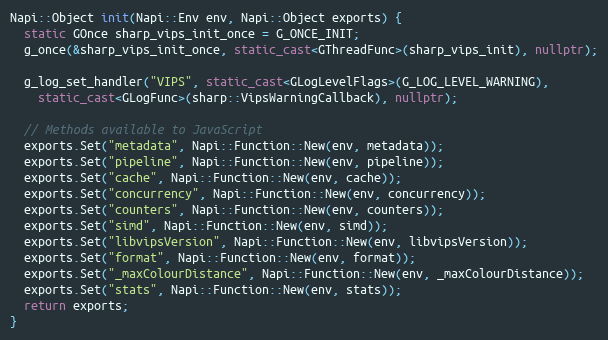
Language: C++
Napi::Object init(Napi::Env env, Napi::Object exports) {
  static GOnce sharp_vips_init_once = G_ONCE_INIT;
  g_once(&sharp_vips_init_once, static_cast<GThreadFunc>(sharp_vips_init), nullptr);

  g_log_set_handler("VIPS", static_cast<GLogLevelFlags>(G_LOG_LEVEL_WARNING),
    static_cast<GLogFunc>(sharp::VipsWarningCallback), nullptr);

  // Methods available to JavaScript
  exports.Set("metadata", Napi::Function::New(env, metadata));
  exports.Set("pipeline", Napi::Function::New(env, pipeline));
  exports.Set("cache", Napi::Function::New(env, cache));
  exports.Set("concurrency", Napi::Function::New(env, concurrency));
  exports.Set("counters", Napi::Function::New(env, counters));
  exports.Set("simd", Napi::Function::New(env, simd));
  exports.Set("libvipsVersion", Napi::Function::New(env, libvipsVersion));
  exports.Set("format", Napi::Function::New(env, format));
  exports.Set("_maxColourDistance", Napi::Function::New(env, _maxColourDistance));
  exports.Set("stats", Napi::Function::New(env, stats));
  return exports;
}